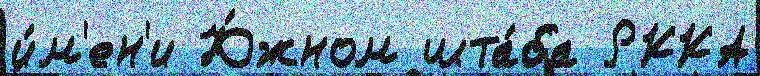
и́м'ен'и Ю́жном шта́ба РККА